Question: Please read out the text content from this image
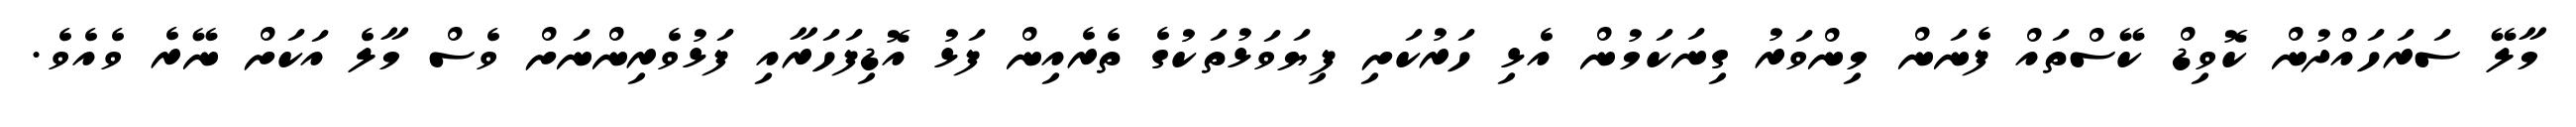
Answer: މާލޭ ސަރަހައްދުން ކޮވިޑް ކޭސްތައް ފެނަން މިންވަރު ގިނަކަމުން އެޅި ހަރުކަށި ފިޔަވަޅުތަކުގެ ތެރެއިން ފަޅު އޮޑިފަހަރާއި ފަޅުވެރިންނަށް ވެސް މާލެ އަކަށް ނޭރެ ވެއެވެ.